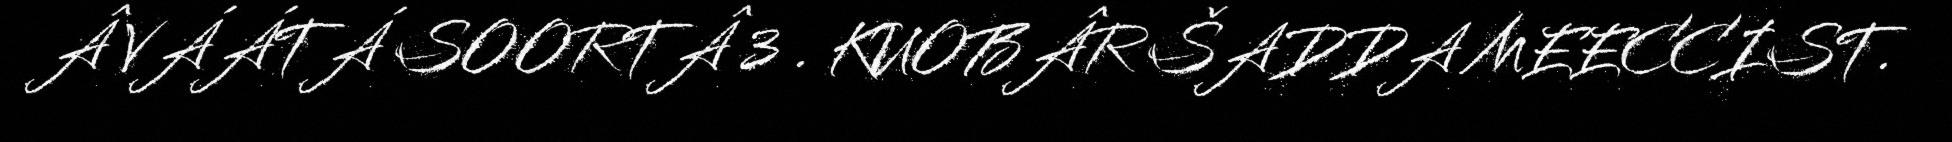
Â VÁÁTÁ SOORTÂ 3 . KUOBÂR ŠADDA MEECCIST.